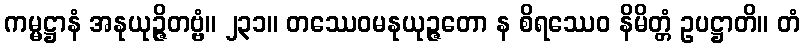
ကမ္မဋ္ဌာနံ အနုယုဉ္ဇိတဗ္ဗံ။ ၂၃၁။ တဿေဝမနုယုဉ္ဇတော န စိရဿေဝ နိမိတ္တံ ဥပဋ္ဌာတိ။ တံ